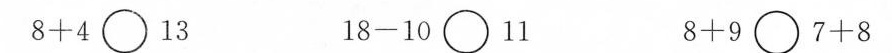
$$8 + 4 \circ 1 3$$ $$1 8 - 1 0 \circ 1 1$$ $$8 + 9 \circ 7 + 8$$